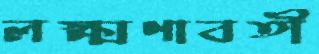
লক্ষ্মণাবতী